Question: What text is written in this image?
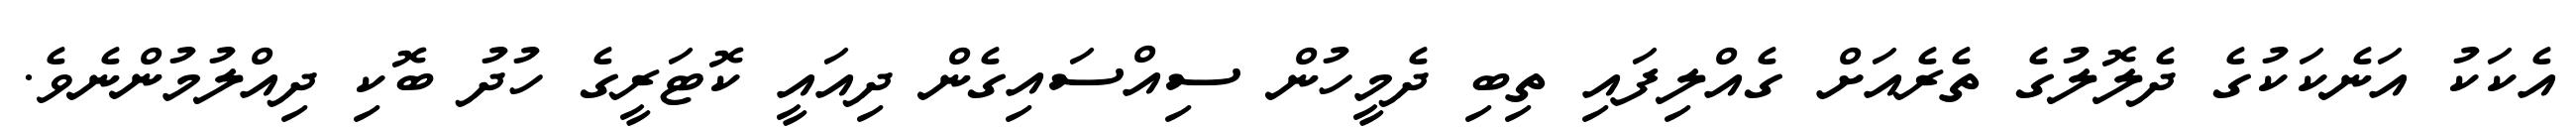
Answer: އެކަކު އަނެކަކުގެ ދެލޮލުގެ ތެރެއަށް ގެއްލިފައި ތިބި ދެމީހުން ސިއްސައިގެން ދިއައީ ކޮޓަރީގެ ހުދު ބޮކި ދިއްލުމުންނެވެ.